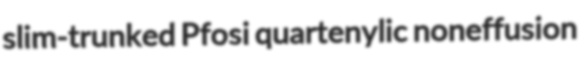
slim-trunked Pfosi quartenylic noneffusion